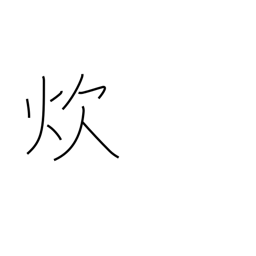
Meaning: cook